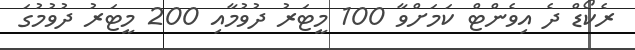
ރެކޯޑް ދެ އިވެންޓް ކަމަށްވާ 100 މީޓަރު ދުވުމާއި 200 މީޓަރު ދުވުމުގަ